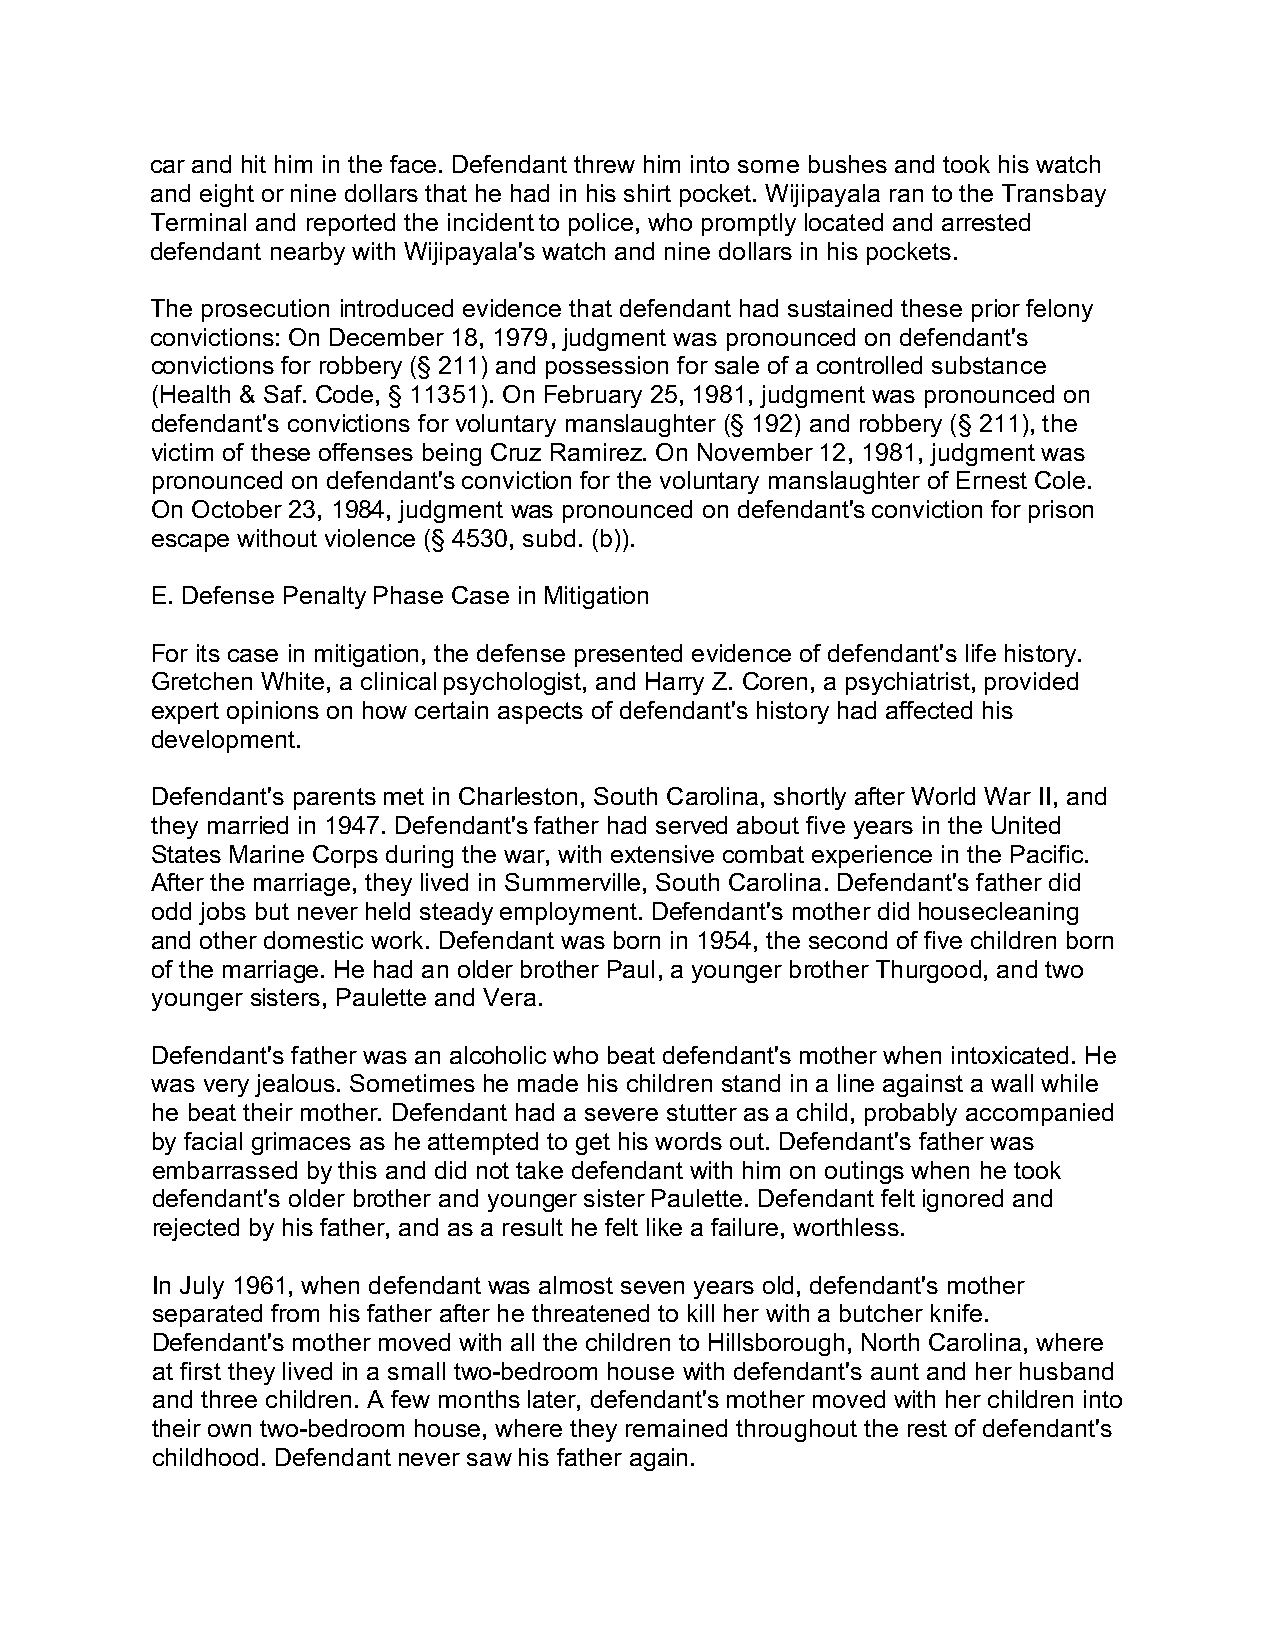
car and hit him in the face. Defendant threw him into some bushes and took his watch
 and eight or nine dollars that he had in his shirt pocket. Wijipayala ran to the Transbay
 Terminal and reported the incident to police, who promptly located and arrested
 defendant nearby with Wijipayala's watch and nine dollars in his pockets.
 The prosecution introduced evidence that defendant had sustained these prior felony
 convictions: On December 18, 1979, judgment was pronounced on defendant's
 convictions for robbery (§ 211) and possession for sale of a controlled substance
 (Health & Saf. Code, § 11351). On February 25, 1981, judgment was pronounced on
 defendant's convictions for voluntary manslaughter (§ 192) and robbery (§ 211), the
 victim of these offenses being Cruz Ramirez. On November 12, 1981, judgment was
 pronounced on defendant's conviction for the voluntary manslaughter of Ernest Cole.
 On October 23, 1984, judgment was pronounced on defendant's conviction for prison
 escape without violence (§ 4530, subd. (b)).
 E. Defense Penalty Phase Case in Mitigation
 For its case in mitigation, the defense presented evidence of defendant's life history.
 Gretchen White, a clinical psychologist, and Harry Z. Coren, a psychiatrist, provided
 expert opinions on how certain aspects of defendant's history had affected his
 development.
 Defendant's parents met in Charleston, South Carolina, shortly after World War II, and
 they married in 1947. Defendant's father had served about five years in the United
 States Marine Corps during the war, with extensive combat experience in the Pacific.
 After the marriage, they lived in Summerville, South Carolina. Defendant's father did
 odd jobs but never held steady employment. Defendant's mother did housecleaning
 and other domestic work. Defendant was born in 1954, the second of five children born
 of the marriage. He had an older brother Paul, a younger brother Thurgood, and two
 younger sisters, Paulette and Vera.
 Defendant's father was an alcoholic who beat defendant's mother when intoxicated. He
 was very jealous. Sometimes he made his children stand in a line against a wall while
 he beat their mother. Defendant had a severe stutter as a child, probably accompanied
 by facial grimaces as he attempted to get his words out. Defendant's father was
 embarrassed by this and did not take defendant with him on outings when he took
 defendant's older brother and younger sister Paulette. Defendant felt ignored and
 rejected by his father, and as a result he felt like a failure, worthless.
 In July 1961, when defendant was almost seven years old, defendant's mother
 separated from his father after he threatened to kill her with a butcher knife.
 Defendant's mother moved with all the children to Hillsborough, North Carolina, where
 at first they lived in a small two-bedroom house with defendant's aunt and her husband
 and three children. A few months later, defendant's mother moved with her children into
 their own two-bedroom house, where they remained throughout the rest of defendant's
 childhood. Defendant never saw his father again.